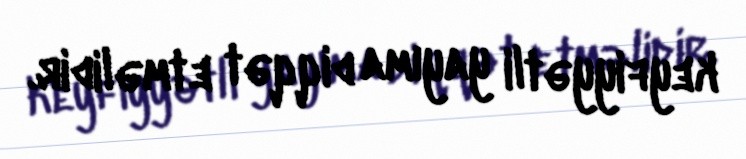
keyfiyyətli yayıma diqqət etməlidir.